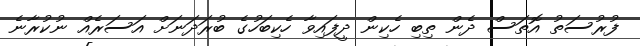
ފުރުސަތު އޮތަސް ދެން ތިބި ހެކިން ދީފައިވާ ހެކިބަހުގެ ބުރަދަނަށް އަސަރެއް ނުކުރާނެ